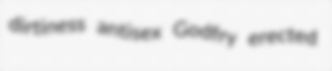
dirtiness antisex Godfry erected